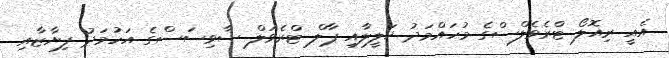
އެއީ ރިއޮލޯ ޓްރެވެލްސްގެ މުހައްމަދު ޚަލީލާއި ޕާލް ޓްރެވަލް ސާވިސަސްގެ އަހުމަދު ފިޔާޒާއި